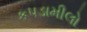
કપડામીલો